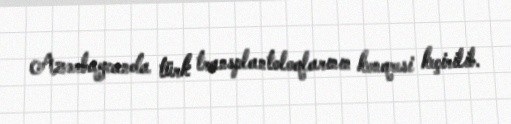
Azərbaycanda türk transplantoloqlarının konqresi keçirilib.